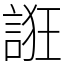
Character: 誑